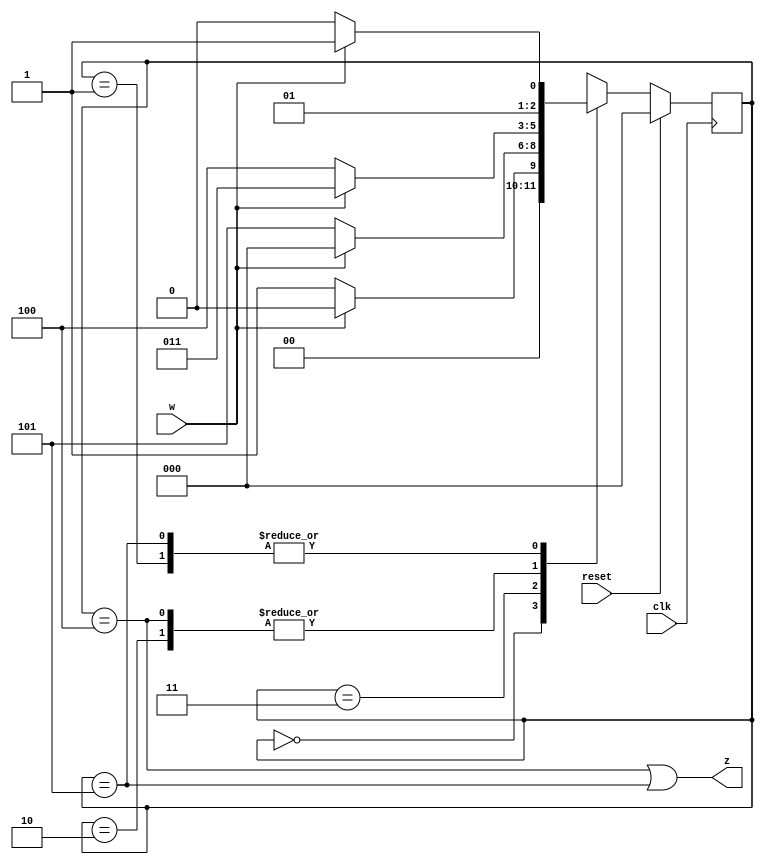
module top_module (
    input clk,
    input reset,     // synchronous reset
    input w,
    output z);

    //-------------Internal Constants-----------------
    parameter A=0, B=1, C=2, D=3, E=4, F=5;  // States 

    //-------------Internal Variables-----------------
    reg [2:0] state, next_state; 

    // State transition logic - Combinational Logic
    always @(*) begin
        case(state)
            A : next_state = w ? A : B ;
            B : next_state = w ? D : C ;
            C : next_state = w ? D : E ;
            D : next_state = w ? A : F ;
            E : next_state = w ? D : E ;
            F : next_state = w ? D : C ;
            default : next_state = 3'bxxx;
        endcase
    end

    // Current state logic - Sequential Logic
    always @(posedge clk) begin
    //synchronous reset
        if(reset)
            state <= A;
        else
            state <= next_state;
    end

    // Output logic - Combinational output logic
    assign z = (state == E) || (state == F) ;

endmodule